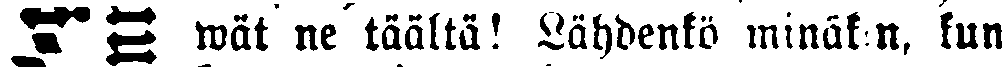
wät ne täältä! Lähdenkö minäkin, kun